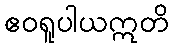
ဧဝရူပါယဣတိ